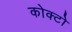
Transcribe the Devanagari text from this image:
कोक्टो